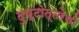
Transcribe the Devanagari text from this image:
दुष्टोत्तरेसी